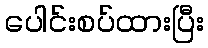
ပေါင်းစပ်ထားပြီး